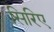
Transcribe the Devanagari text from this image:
सिरिए